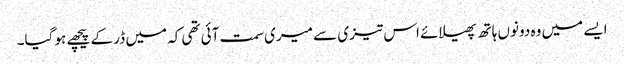
ایسے میں وہ دونوں ہاتھ پھیلائے اس تیزی سے میری سمت آئی تھی کہ میں ڈر کے پیچھے ہو گیا۔